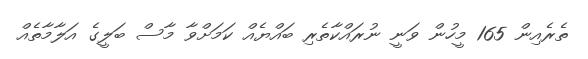
ތެރެއިން 165 މީހުން ވަނީ ނުރައްކާތެރި ބައްޔެއް ކަމަށްވާ މާސް ބަލީގެ އަލާމާތެއް